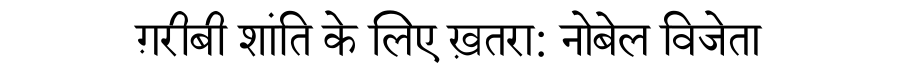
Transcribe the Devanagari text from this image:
ग़रीबी शांति के लिए ख़तरा: नोबेल विजेता